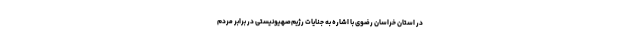
در استان خراسان رضوی با اشاره به جنایات رژیم‌صهیونیستی در برابر مردم